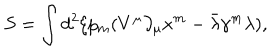
S = \int d ^ { 2 } \xi p _ { m } ( V ^ { \mu } \partial _ { \mu } x ^ { m } - \bar { \lambda } \gamma ^ { m } \lambda ) ,